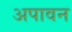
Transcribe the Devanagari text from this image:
अपावन